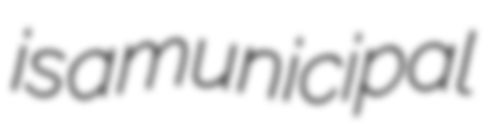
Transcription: is a municipal